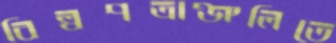
বিল্বপত্রাঞ্জলিতে